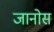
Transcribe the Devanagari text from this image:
जानोस